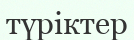
түріктер